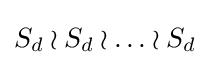
S_{d}\wr S_{d}\wr \ldots \wr S_{d}